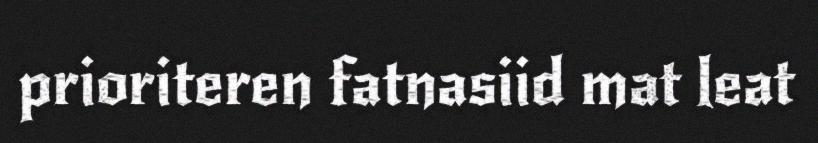
prioriteren fatnasiid mat leat